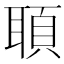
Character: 𦖦